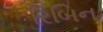
રિબિન